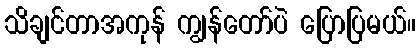
သိချင်တာအကုန် ကျွန်တော်ပဲ ပြောပြမယ်။